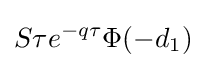
S\tau e^{-q\tau }\Phi (-d_{1})